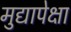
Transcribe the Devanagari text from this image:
मुद्यापेक्षा